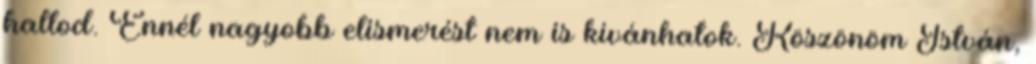
hallod. Ennél nagyobb elismerést nem is kívánhatok. Köszönöm István,